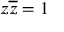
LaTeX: z { \overline { { z } } } = 1